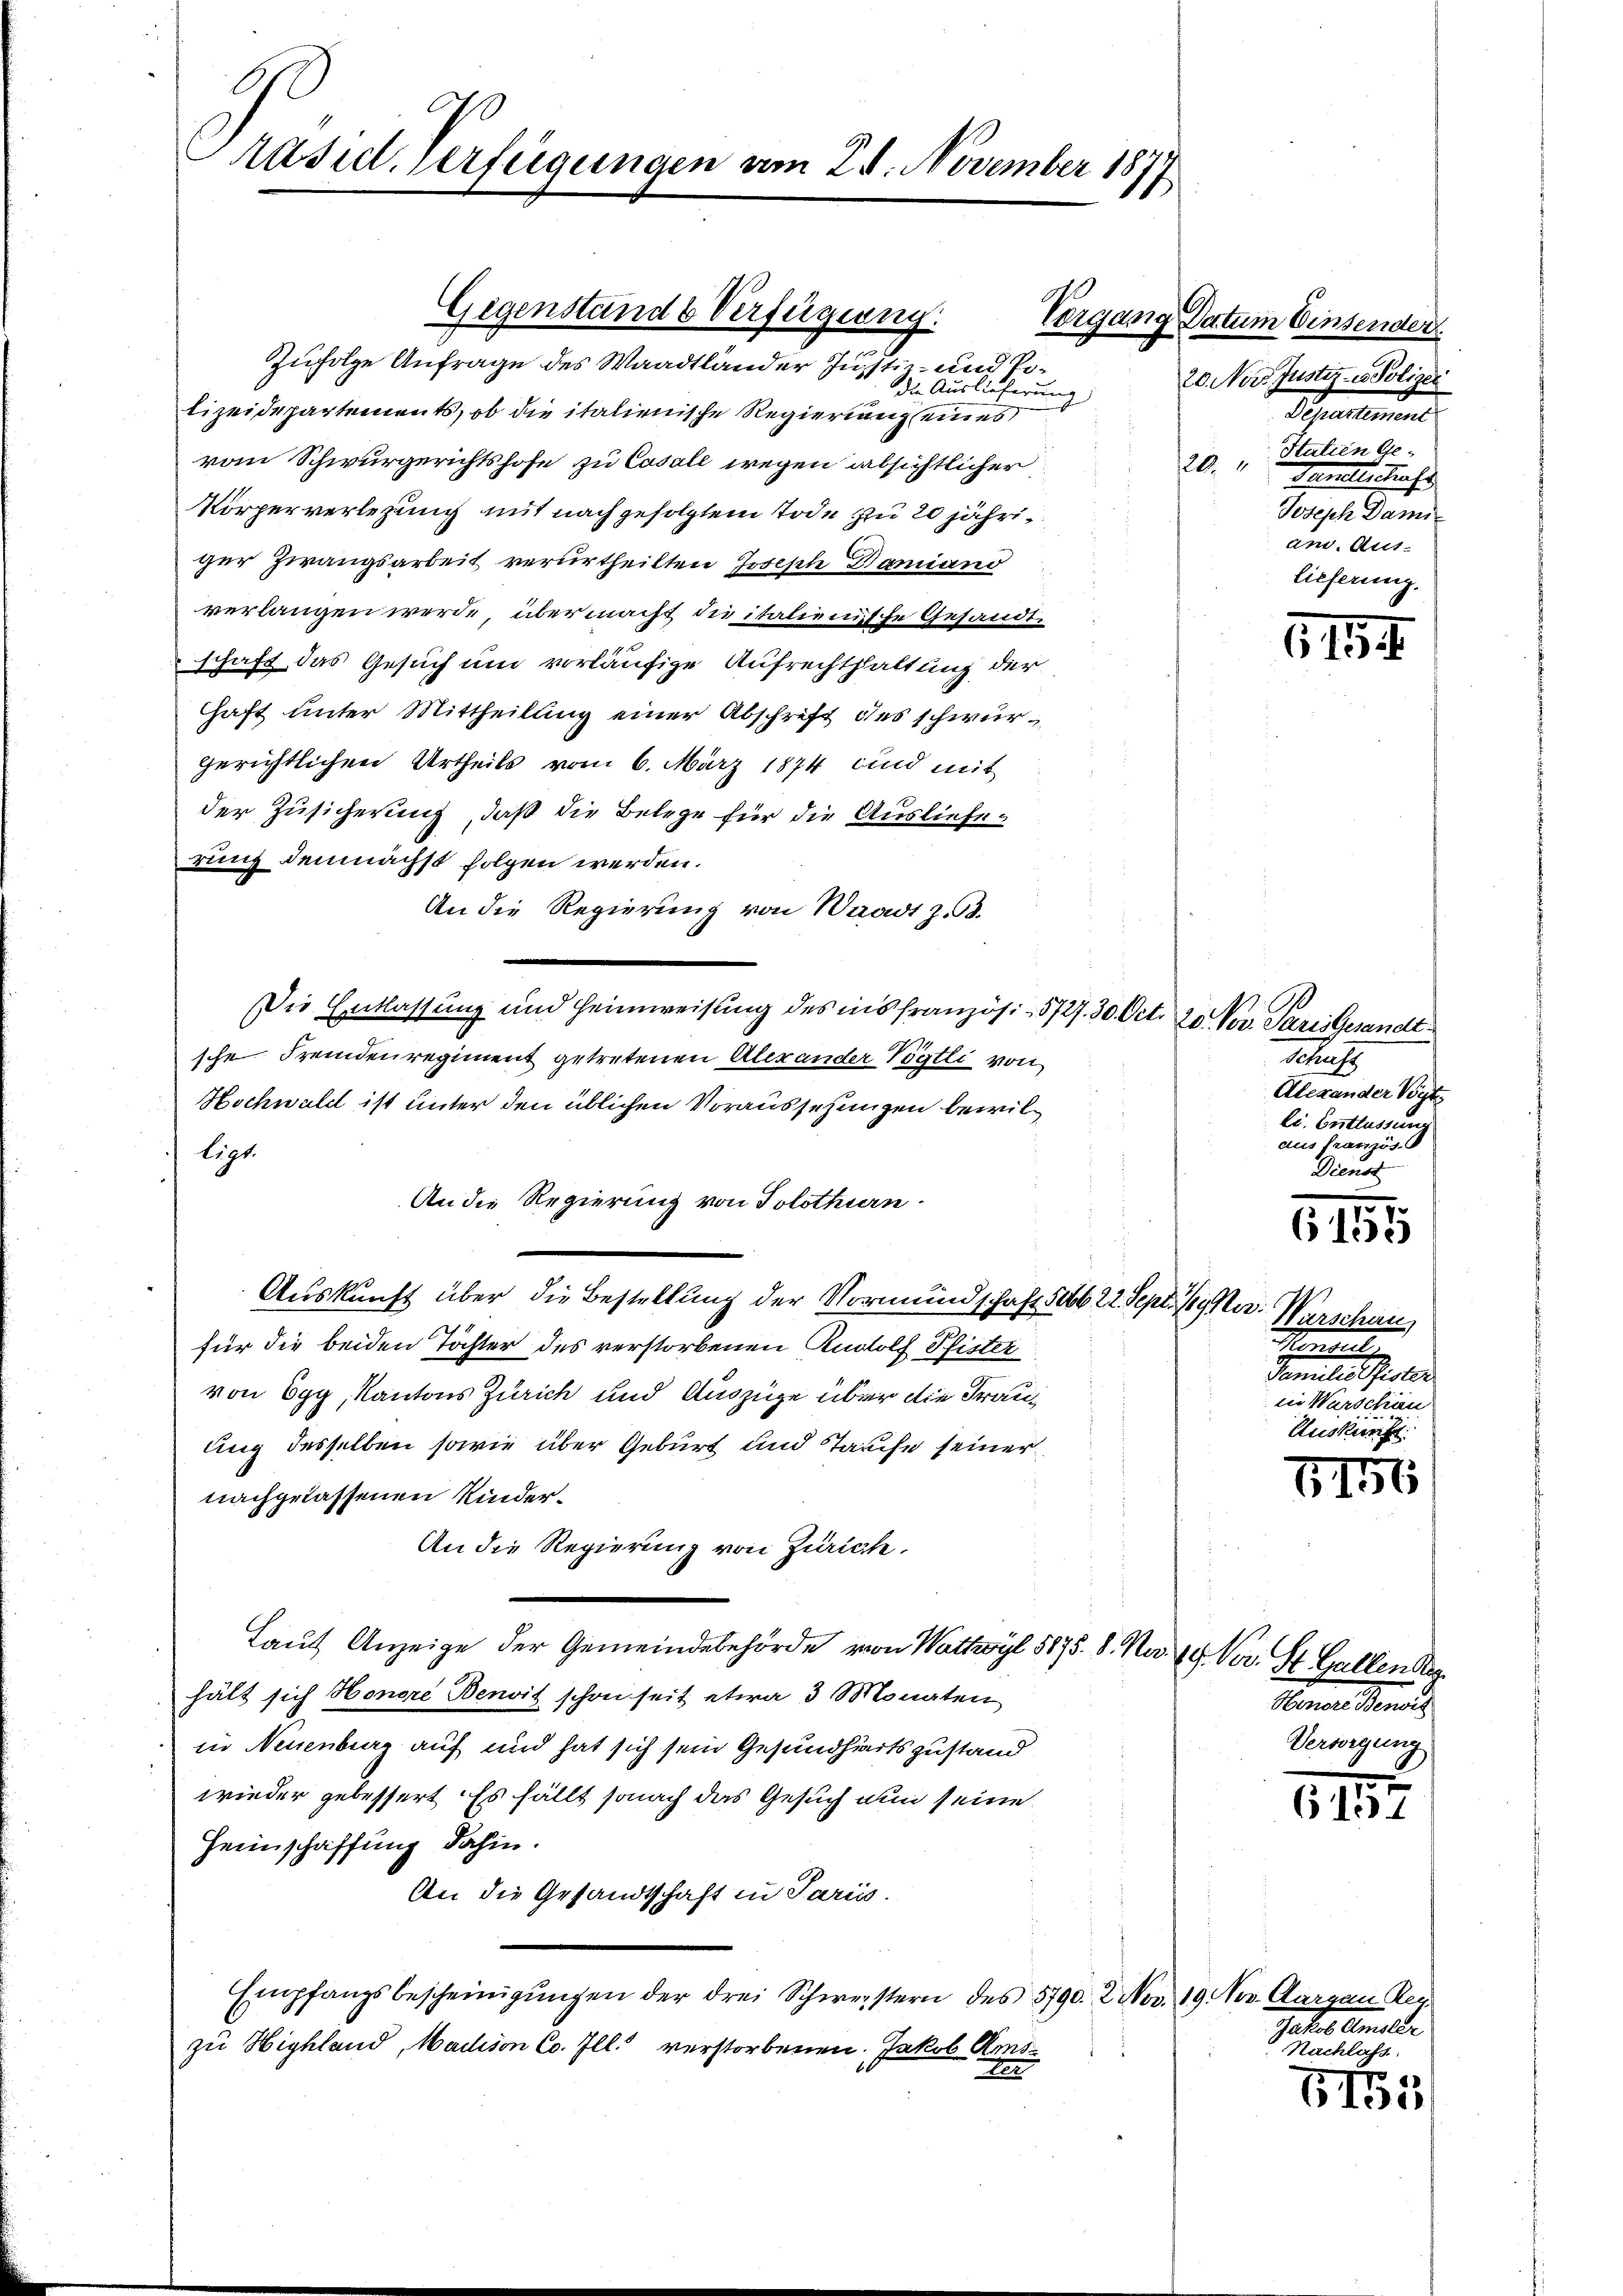
10
Ausid, verfügungen am 28. November 1877

die Auslieferung
lizeidepartements, ob die italienische Regierung eines
vom Schwurgerichtshofe zu Cosale wegen absichtlicher
Körperverlegung mit nachgefolgtem Tode zu 20 jähriger Zwangsarbeit verurtheilten Joseph Damiano
verlangen werde, übermacht die italienische Gesandtschaft das Gesuch und vorläufige Aufrechthaltung der
haft unter Mittheilung einer Abschrift des schwurgerichtlichen Urtheils vom 6. März 1874 und mit
der Zusicherung, daß die Belege für die Auslieferung demnächst folgen werden.
An die Regierung von Waadt z. B.
sche Fremdenregiment getretenen Alexander Vögtli von
Hochwald ist unter den üblichen Voraussehungen bewilligt.
Auskunft über die Bestellung der Vormundschaft 5006 22. Sept. 1/9 Mar. Warschau
für die beiden Töchter des verstorbenen Rudolf Pfister
von Egg, Kantons Zürich und Auszüge über die Frauung desselben sowie über Geburt und Taufe seiner
nachgelassenen Kinder¬
An die Regierung von Zürich.
Laut Anzeige der Gemeindebehörde von Wattwyl 5875. 8. No. 19. Vor. St. Gallendig
hält sich Honore Benoit schon seit etwa 3 Monaten
in Neuenburg auf und hat sich sein Gesundheitszustand
wieder gebessert. Es fällt sonach das Gesuch nun seine
Heimschaffung dahin.
An die Gesandtschaft in Paris.
Empfangsbescheinigŭngen der drei Schweistern des 5790. Nov. 19. Nov. Aargau Re
zu Highland, Macion Co. Ill. verstorbenen. Jakob Ams-
t

Gigenstande Verfügung.
Zufolge Anfrage des Waadtländer Justiz- und Po¬

An die Regierung von Solothurn.

Die Entlassung und Heimweisung des ins französ. - 5727. 30. Oct. 20. Nov. Paris Gesandt

Vorgang Datum Einsender

20. Norz. Justiz- u. Polizei
Scheulemen
Italien Ge¬
20
Gandestrafe
Joseph Dami
an. Aus
lieferung.

5154

1
a
Alexander Vogt
li. Entlassung
aus französ. S
Dienst

6151

Schenrath

in Warschän
Auskunf

1156

Nonnen Mannes
Versorgung

1127

Gatte. Anmelde
 Nachlass

655